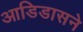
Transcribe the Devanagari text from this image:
आडिडासने